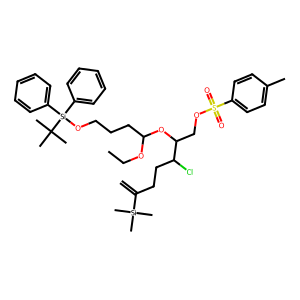
SMILES: C=C(CCC(Cl)C(COS(=O)(=O)c1ccc(C)cc1)OC(CCCO[Si](c1ccccc1)(c1ccccc1)C(C)(C)C)OCC)[Si](C)(C)C
Inhibits HIV replication: No